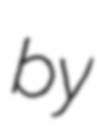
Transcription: by